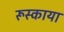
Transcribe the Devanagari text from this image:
रूस्काया